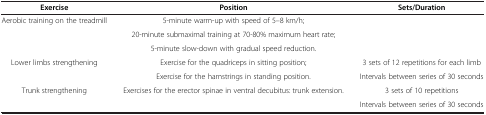
| Exercise | Position | Sets/Duration |
 | --- | --- | --- |
 | <ROWSPAN=3> Aerobic training on the treadmill | 5-minute warm-up with speed of 5–8 km/h; | <ROWSPAN=3>  |
 | 20-minute submaximal training at 70-80% maximum heart rate; |
 | 5-minute slow-down with gradual speed reduction. |
 | <ROWSPAN=2> Lower limbs strengthening | Exercise for the quadriceps in sitting position; | 3 sets of 12 repetitions for each limb |
 | Exercise for the hamstrings in standing position. | Intervals between series of 30 seconds |
 | Trunk strengthening | Exercises for the erector spinae in ventral decubitus: trunk extension. | 3 sets of 10 repetitions |
 |  |  | Intervals between series of 30 seconds |